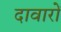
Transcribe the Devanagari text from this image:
दावारों